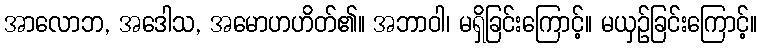
အာလောဘ, အဒေါသ, အမောဟဟိတ်၏။ အဘာဝါ၊ မရှိခြင်းကြောင့်။ မယှဉ်ခြင်းကြောင့်။